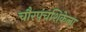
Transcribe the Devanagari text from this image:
चौरपंचशिकेला